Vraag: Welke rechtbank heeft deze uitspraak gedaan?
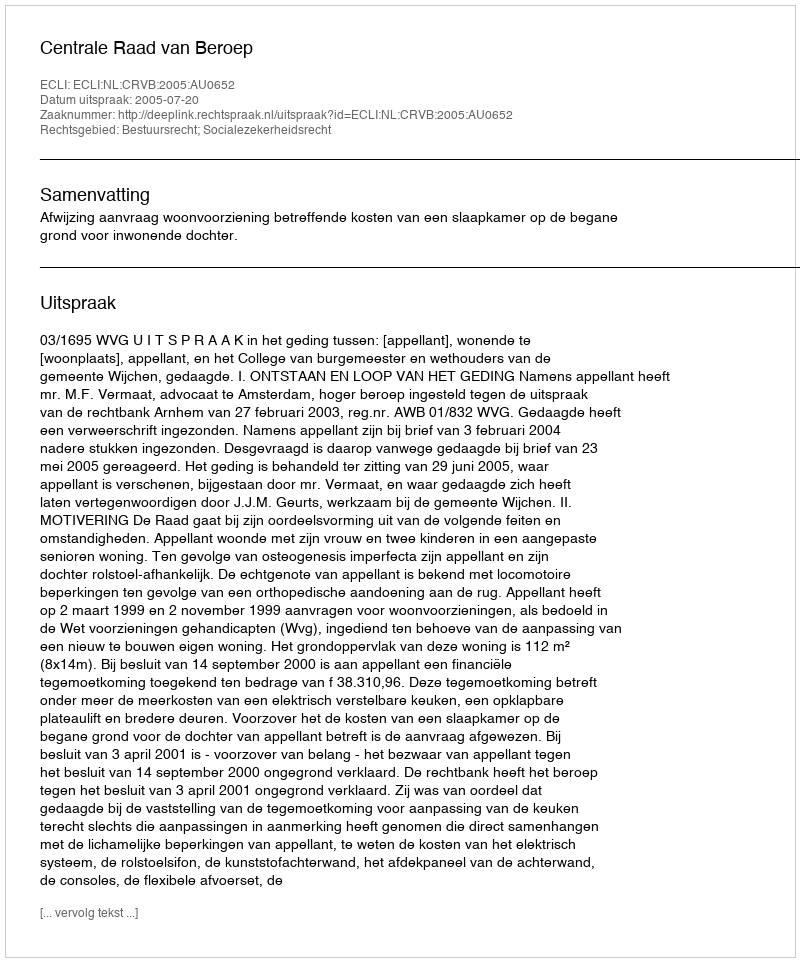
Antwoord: Centrale Raad van Beroep